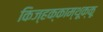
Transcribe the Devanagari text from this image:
किज्हक्काम्थूक्कू